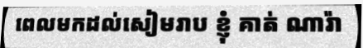
ពេលមកដល់សៀមរាប ខ្ញុំ គាត់ ណារ៉ា